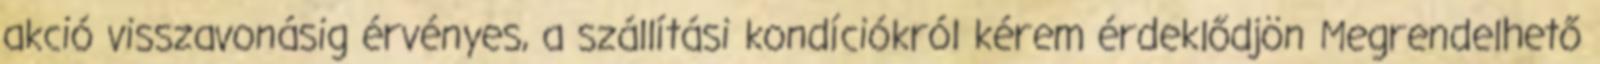
akció visszavonásig érvényes, a szállítási kondíciókról kérem érdeklődjön Megrendelhető